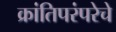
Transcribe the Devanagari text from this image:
क्रांतिपरंपरेचे